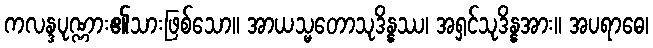
ကလန္ဒပုဏ္ဏား၏သားဖြစ်သော။ အာယသ္မတောသုဒိန္နဿ၊ အရှင်သုဒိန္နအား။ အပရာဓေ၊